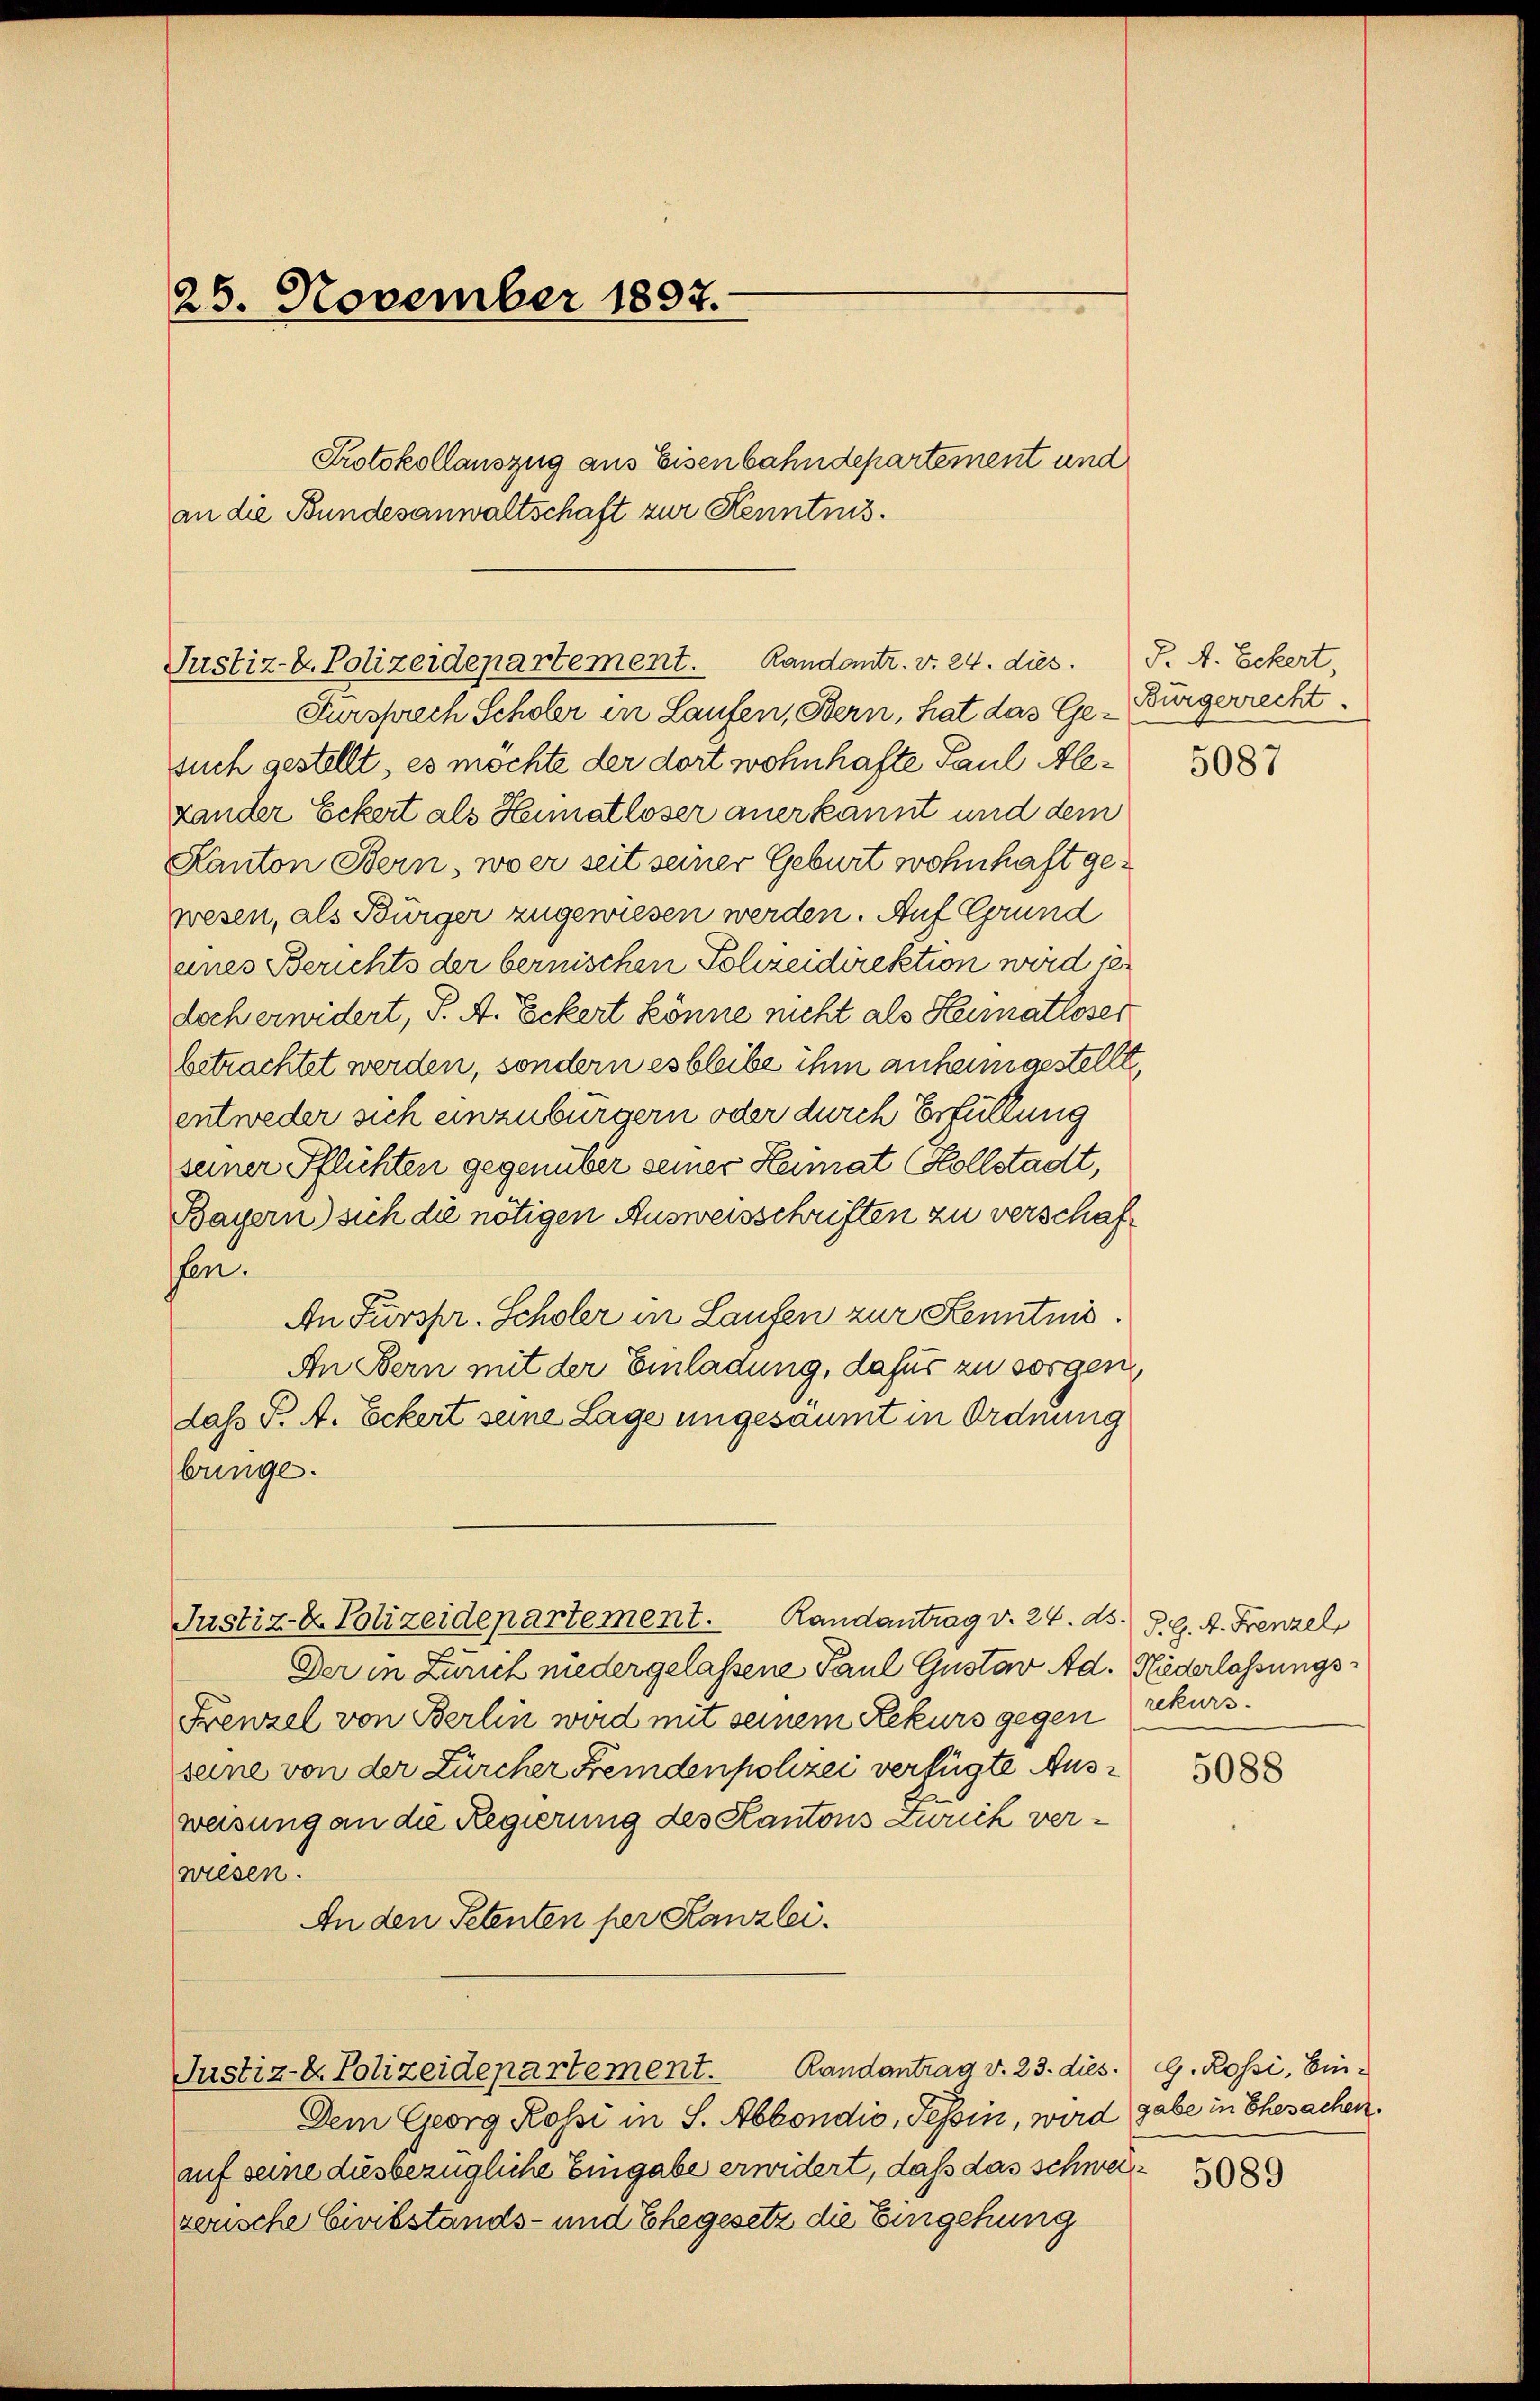
26. November 1897.

Protokollauszug aus Eisenbahndepartement und
an die Bundesanwaltschaft zur Kenntnis.

Randants. v. 24. dies. J. A. Eckert,
Justiz- u. Polizeidepartement.

Fürsprech Scholer in Laufen, Bern, hat das Ge-Bürgerrecht.
such gestellt, es möchte der dort wohnhafte Paul Alexander Eckert als Heimatloser anerkannt und dem
Kanton Bern, wo er seit seiner Geburt wohnhaft gewesen, als Bürger zugewiesen werden. Auf Grund
eines Berichts der bernischen Polizeidirektion wird se
doch erwidert, S. A. Eckert könne nicht als Heimatloser
betrachtet werden, sondern es bleibe ihm anheimgestellt,
entweder sich einzubürgern oder durch Erfüllung
seiner Pflichten gegenüber seiner Heimat (Kollstadt,
Bayern) sich die nötigen Ausweisschriften zu verschafsen.
An Fürspr. Scholer in Laufen zur Kenntnis.
An Bern mit der Einladung, dafür zu sorgen,
das P. A. Eckert seine Lage ungesäumt in Ordnung
bringe.
Justiz- & Polizeidepartement. Randantrag v. 24. ds. P. G. 4. Frenzel
Der in Zürich niedergelassene Paul Gustav Ad. Hiederlassungs¬
Frenzel von Berlin wird mit seinem Rekurs gegen rekurs.
seine von der Zürcher Fremdenpolizei verfügte Ausweisung an die Regierung des Kantons Zürich verwiesen.
An den Petenten per Kanzlei.

Justiz-E. Polizeidepartement. Randantrag v. 23. dies. G. Rossi, Ein-

Dem Georg Rossi in S. Abbondio, Tessin, wird gabe in Ehesachen.
auf seine dusbezügliche Eingabe erwidert, daß das schweizerische Civilstands- und Ehegesetz die Eingehung

5087

5088

5089